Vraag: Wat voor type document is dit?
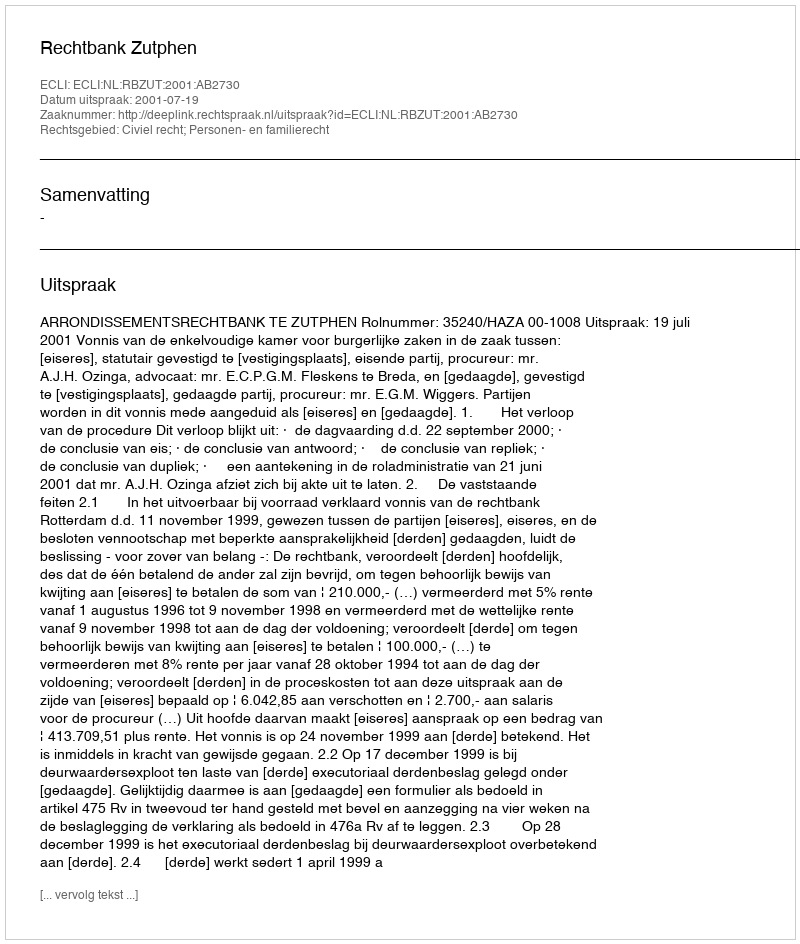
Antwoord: Uitspraak